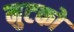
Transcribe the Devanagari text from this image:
मुटको